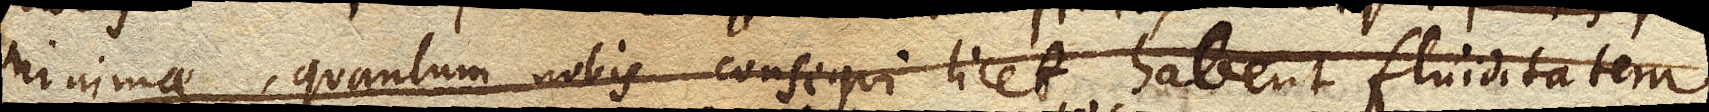
minimae, quantum nobis consequi licet, habent fluiditatem